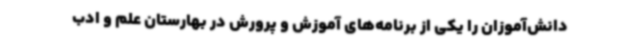
دانش‌آموزان را یکی از برنامه‌های آموزش و پرورش در بهارستان علم و ادب